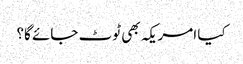
کیا امریکہ بھی ٹوٹ جائے گا؟